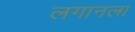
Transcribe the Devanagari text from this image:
लगानला